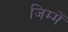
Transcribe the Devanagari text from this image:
जिम्‍में